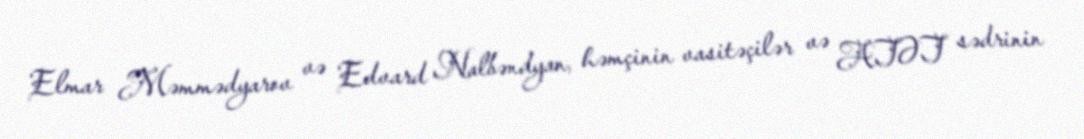
Elmar Məmmədyarov və Edvard Nalbəndyan, həmçinin vasitəçilər və ATƏT sədrinin